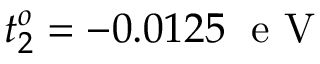
t _ { 2 } ^ { o } = - 0 . 0 1 2 5 \; \mathrm { ~ e ~ V ~ }